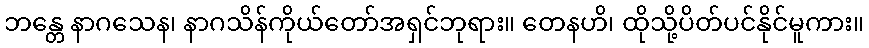
ဘန္တေ နာဂသေန၊ နာဂသိန်ကိုယ်တော်အရှင်ဘုရား။ တေနဟိ၊ ထိုသို့ပိတ်ပင်နိုင်မူကား။